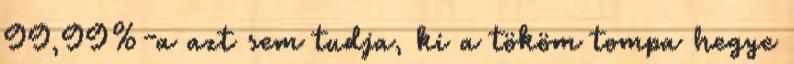
99,99%-a azt sem tudja, ki a tököm tompa hegye